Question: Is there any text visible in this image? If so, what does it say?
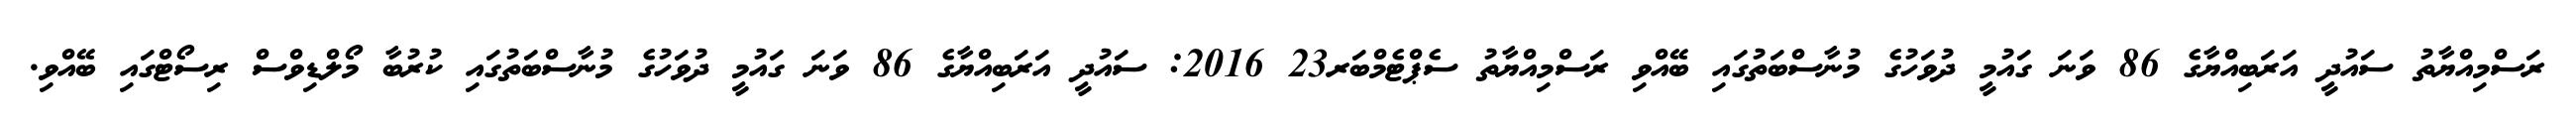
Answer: ރަސްމިއްޔާތު ސައުދީ އަރަބިއްޔާގެ 86 ވަނަ ގައުމީ ދުވަހުގެ މުނާސްބަތުގައި ބޭއްވި ރަސްމިއްޔާތު ސެޕްޓެމްބަރ23 2016: ސައުދީ އަރަބިއްޔާގެ 86 ވަނަ ގައުމީ ދުވަހުގެ މުނާސްބަތުގައި ކުރުބާ މޯލްޑިވްސް ރިސޯޓްގައި ބޭއްވި.